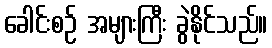
ခေါင်းစဉ် အများကြီး ခွဲနိုင်သည်။